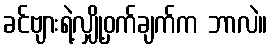
ခင်ဗျားရဲ့လျှို့ဝှက်ချက်က ဘာလဲ။